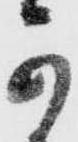
可